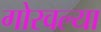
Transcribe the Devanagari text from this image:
गोरवल्या